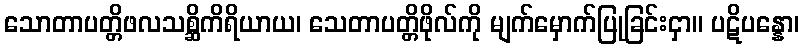
သောတာပတ္တိဖလသစ္ဆိကိရိယာယ၊ သေတာပတ္တိဖိုလ်ကို မျက်မှောက်ပြုခြင်းငှာ။ ပဋိပန္နော၊